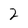
Character: 2